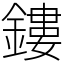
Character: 鏤